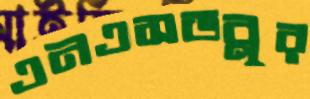
এনএসডব্লুর